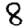
Digit: 8